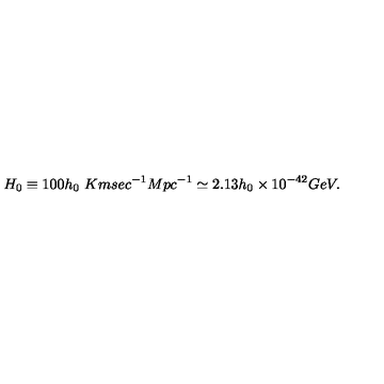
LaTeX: H _ { 0 } \equiv 1 0 0 h _ { 0 } \ K m s e c ^ { - 1 } M p c ^ { - 1 } \simeq 2 . 1 3 h _ { 0 } \times 1 0 ^ { - 4 2 } G e V .